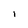
Character: I